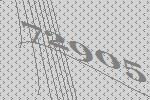
72905